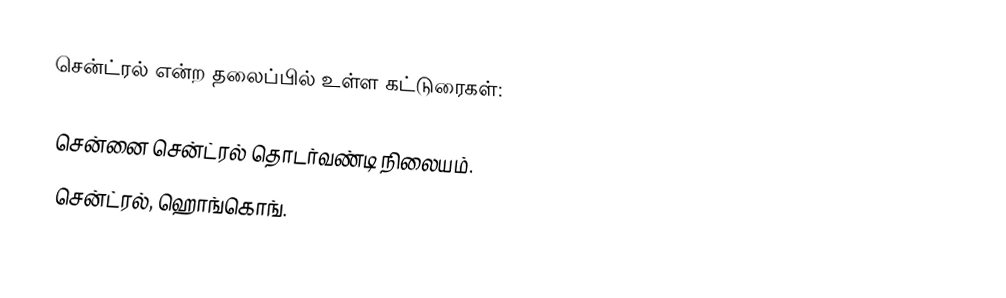
சென்ட்ரல் என்ற தலைப்பில் உள்ள கட்டுரைகள்:

 சென்னை சென்ட்ரல் தொடர்வண்டி நிலையம்.
 சென்ட்ரல், ஹொங்கொங்.